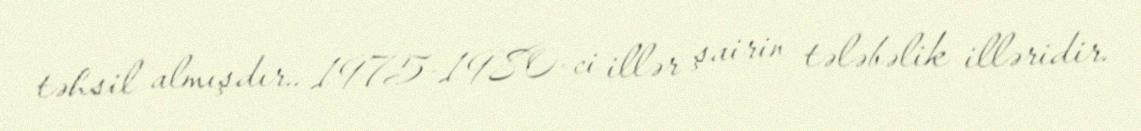
təhsil almışdır.. 1975-1980-ci illər şairin tələbəlik illəridir.